Vaccination in Bombay 1924-1928 - 1924-1928
Year: 1924
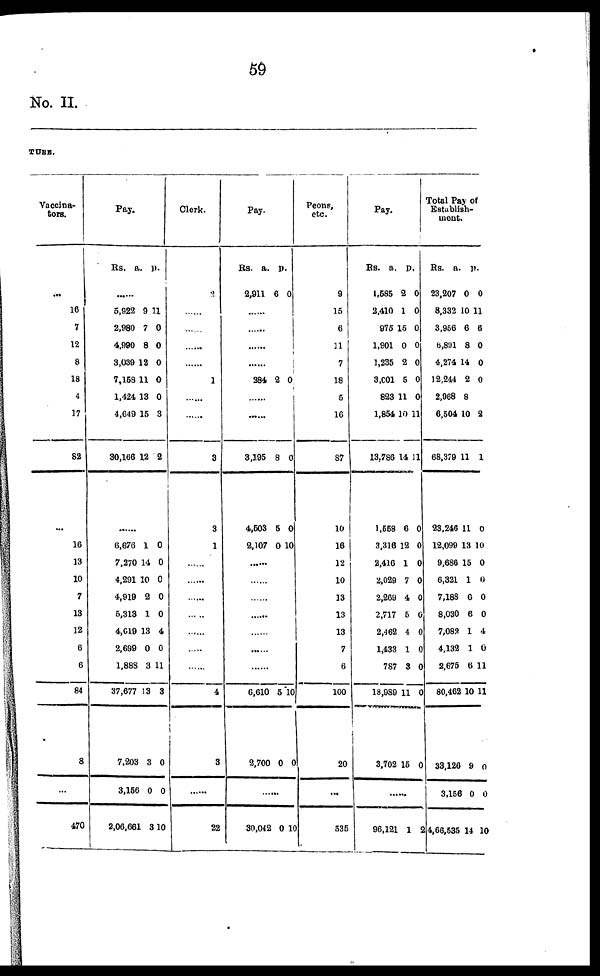
59
No. II.
TURE.
Vaccina-
tors.
...
16
7
12
8
18
4
17
82
...
16
13
10
7
13
12
6
6
84
8
...
470
Pay.
Rs.
a. p.
......
5,922
2,980
4,990
3,039
7,158
1,424
4,649
30,166
9
7
8
12
11
13
15
12
11
0
0
0
0
0
3
2
......
6,676
7,270
4,291
4,919
5,313
4,019
2,699
1,888
37,677
7,203
3,156
2,06,661
1
14
10
2
1
13
0
3
13
3
0
3
0
0
0
0
0
4
0
11
3
0
0
10
Clerk.
2
......
......
......
......
1
......
......
3
3
1
......
......
......
......
......
......
......
4
3
......
22
Pay.
Rs.
2,911
a.
6
p.
0
......
......
......
......
284 2 0
......
......
3,195
4,503
2,107
8
5
0
0
0
10
......
......
......
......
......
......
......
6,610
2,700
5
0
10
0
......
30,042 0 10
Peons,
etc.
9
15
6
11
7
18
5
16
87
10
16
12
10
13
13
13
7
6
100
20
...
535
Pay.
Rs.
1,585
2,410
975
1,901
1,235
3,001
823
1,854
13,786
1,558
3,316
2,416
2,029
2,269
2,717
2,462
1,433
787
18,989
3,702
a.
2
1
15
0
2
5
11
10
14
6
12
1
7
4
5
4
1
3
11
15
p.
0
0
0
0
0
0
0
11
11
0
0
0
0
0
0
0
0
0
0
0
......
96,121 1 2
Total Pay of
Establish-
ment.
Rs.
23,207
8,332
3,956
6,891
4,274
12,244
2,968
6,504
68,379
23,246
12,099
9,686
6,321
7,188
8,030
7,082
4,132
2,675
80,462
33,126
3,156
4,66,535
a.
0
10
6
8
14
2
8
10
11
11
13
15
1
6
6
1
1
6
10
9
0
14
p.
0
11
6
0
0
0
2
1
0
10
0
0
0
0
4
0
11
11
0
0
10